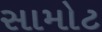
સામોટ